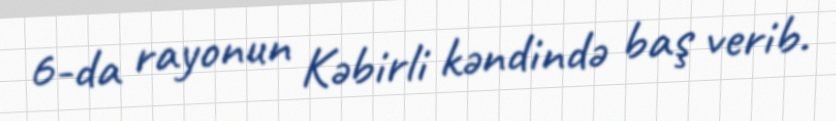
6-da rayonun Kəbirli kəndində baş verib.